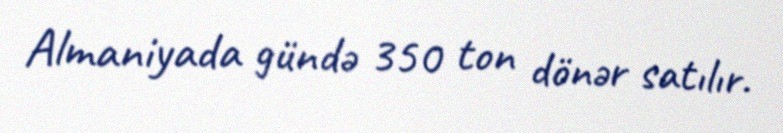
Almaniyada gündə 350 ton dönər satılır.